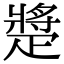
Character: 𤴠